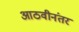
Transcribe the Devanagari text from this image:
आठवीनंतर